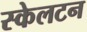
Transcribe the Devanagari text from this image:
स्केलटन